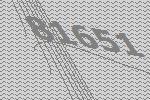
81651